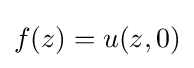
f(z)=u(z,0)